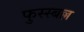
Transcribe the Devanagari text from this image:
फुस्स्बल्ल